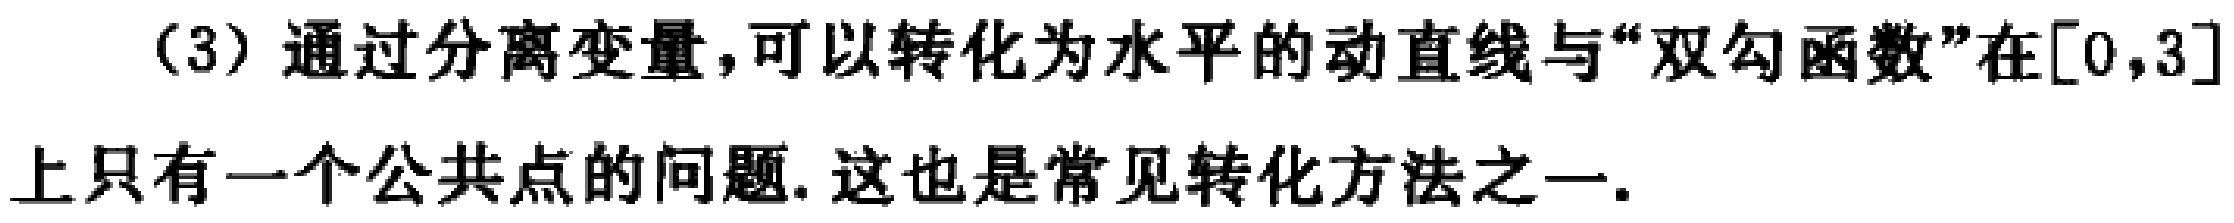
（3）通过分离变量，可以转化为水平的动直线与“双勾函数”在$[0,3]$上只有一个公共点的问题. 这也是常见转化方法之一.